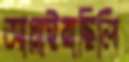
আগ্‌লাইয়াছিলি